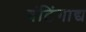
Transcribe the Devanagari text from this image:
बंटिंगाद्य